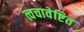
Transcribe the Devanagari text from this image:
त्वचावेष्टित